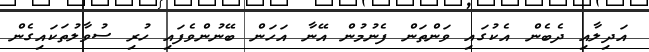
އަދިލާއި ދެބެން އެކުގައި ވަންތަން ފެނުމުން އޭނާ އަހަން ބޭނުންވެފައި ހުރި ސުވާލުތަކައިގެން